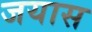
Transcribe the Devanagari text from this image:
जयास